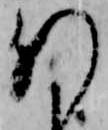
肝